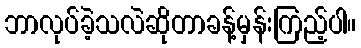
ဘာလုပ်ခဲ့သလဲဆိုတာခန့်မှန်းကြည့်ပါ။